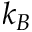
k _ { B }